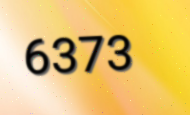
6373